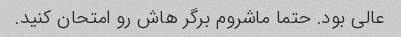
عالی بود. حتما ماشروم برگر هاش رو امتحان کنید.